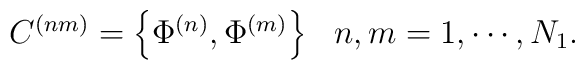
\begin{array}{lr}C^{(nm)}=\left\{ \Phi^{(n)},\Phi^{(m)} \right\}& n,m=1,\cdots,N_1. \end{array}